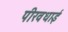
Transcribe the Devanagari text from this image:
पीरवधाई